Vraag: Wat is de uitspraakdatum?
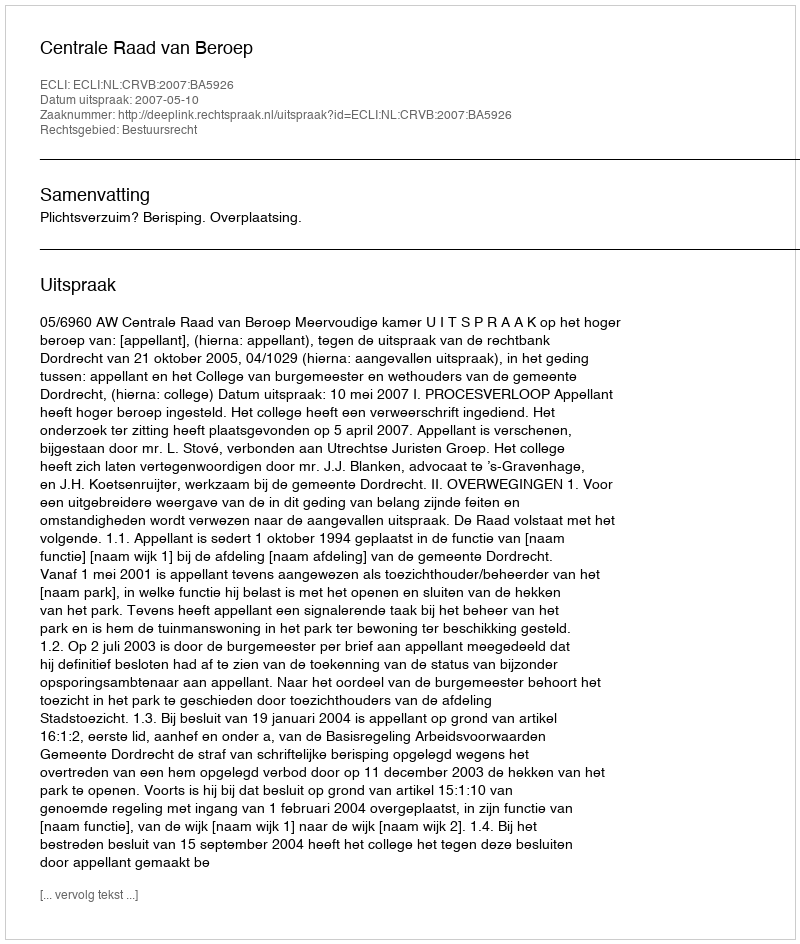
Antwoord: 2007-05-10